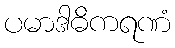
ပမာဒါဓိကရဏံ